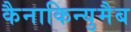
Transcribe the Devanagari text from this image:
कैनाकिन्युमैब